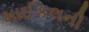
માઈકલની